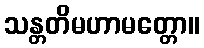
သန္တတိမဟာမတ္တော။